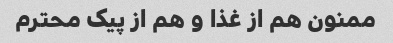
ممنون هم از غذا و هم از پیک محترم